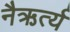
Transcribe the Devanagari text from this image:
नैऋर्त्य